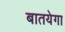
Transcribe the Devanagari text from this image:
बातयेगा